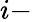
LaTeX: i-